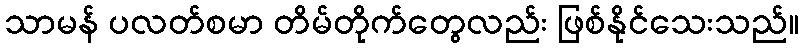
သာမန် ပလတ်စမာ တိမ်တိုက်တွေလည်း ဖြစ်နိုင်သေးသည်။